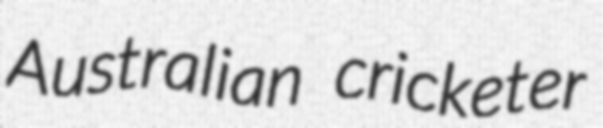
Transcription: Australian cricketer